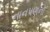
નાનપણનો